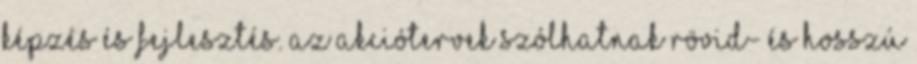
képzés és fejlesztés. Az akciótervek szólhatnak rövid- és hosszú